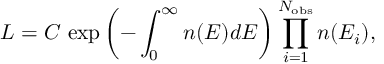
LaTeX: { \cal L } = C \, \exp \left( - \int _ { 0 } ^ { \infty } n ( E ) d E \right) \prod _ { i = 1 } ^ { N _ { \mathrm { o b s } } } n ( E _ { i } ) ,